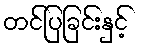
တင်ပြခြင်းနှင့်